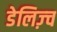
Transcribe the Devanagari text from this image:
डेलिज़्च